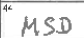
Transcription: MSD